Report of the Municipal Commissioner on the plague in Bombay for the year ending 31st May... - Volume 3
Disease focus: Plague
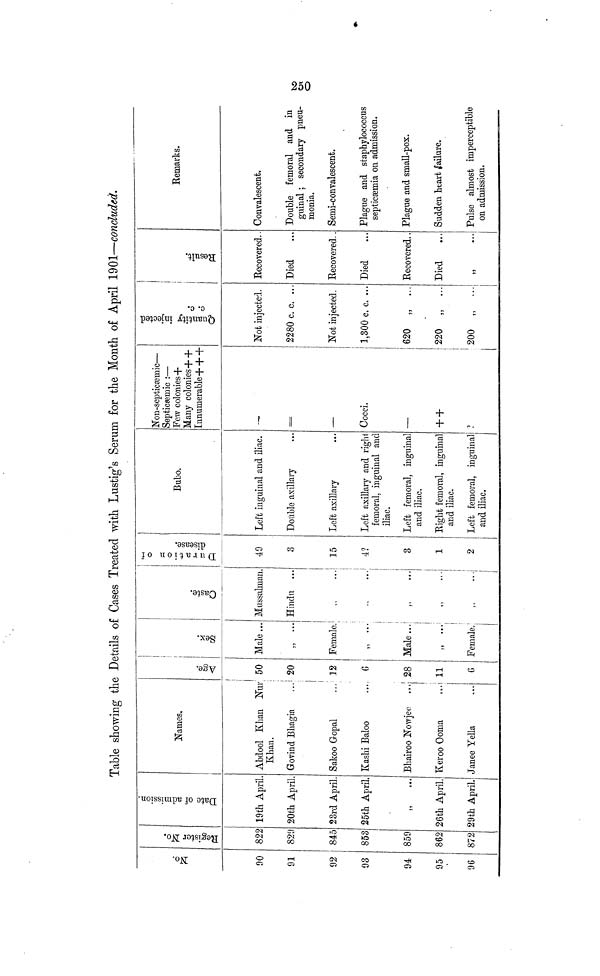
Table showing the Details of Cases Treated with Lustig's Serum for the Month of April 1901—concluded.
No.
90
91
92
93
94
95
96
Register No.
822
829
845
853
859
862
872
Date of admission.
19th April
20th April.
23rd April.
25th April.
,, ...
26th April.
29th April.
Names.
Abdool Khan Nur
Khan.
Govind Bliagia
Sakoo Gopal
Kashi Baloo
...,
Bhairoo Nowjee ..
Keroo Ooma
1
Janee Yella
Age.
50
20
12
G
28
11
6
Sex.
Male...
,, ...
Female
i
Male...!
,, ...
Female.
Caste.
Mussalman.
Hindu ...
,, ...
Duration of disease.
49
3
15
4?
3
1
2
Bubo.
Left inguinal and iliac.
Double axillary
Left axillary
Left axillary and righi
femoral, inguinal and
iliac.
Left femoral, inguinal
and iliac.
Bight femoral, inguinal
and iliac.
Left femoral, inguinal
and iliac.
Non-septicæmic-
Septicæmic :-
Few colonies+
Many colonies++
Innumerable+++
===
Cocci.
-
+ +
Quantity injected
c. c.
Not injected.
2280 c. c. ...
Not injected.
1,300 c. c. ...
620 „ ...
220 „ ...
200 „
...
Quantity infected c.c.
Recovered.
Died
Recovered..
Died
Recovered..
Died
,,
...
Remarks.
Convalescent.
Double femoral and in
guinal ; secondary pneu-
monia.
Semi-convalescent.
Plague and staphylococcus
septicœmia on admission.
Plague and small-pox.
Sudden heart. failure.
Pulse almost imperceptible
on admission.